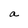
Character: a